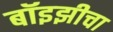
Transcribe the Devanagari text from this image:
बॉइझीचा